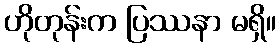
ဟိုတုန်းက ပြဿနာ မရှိ။